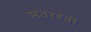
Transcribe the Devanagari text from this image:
सतरहवी